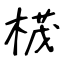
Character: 𣕚